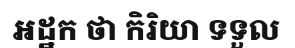
អដ្ឋក ថា កិរិយា ទទួល